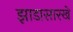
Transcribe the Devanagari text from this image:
झाडासारखे